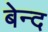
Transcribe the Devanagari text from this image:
बेन्द